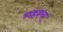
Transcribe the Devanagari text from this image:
गहश्च